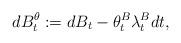
LaTeX: \begin{align*}dB^{\theta}_t:=dB_t-\theta^B_t\lambda^B_tdt,\end{align*}